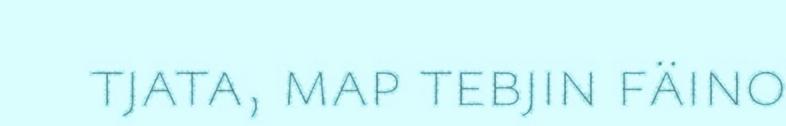
tjata, map tebjin fäino